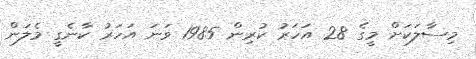
މިސާލަކަށް މީގެ 28 އަހަރު ކުރިން 1985 ވަނަ އަހަރު ކާނެގީ މެލަން